Jaan_Tonisson_(Lasteleht), lk 466
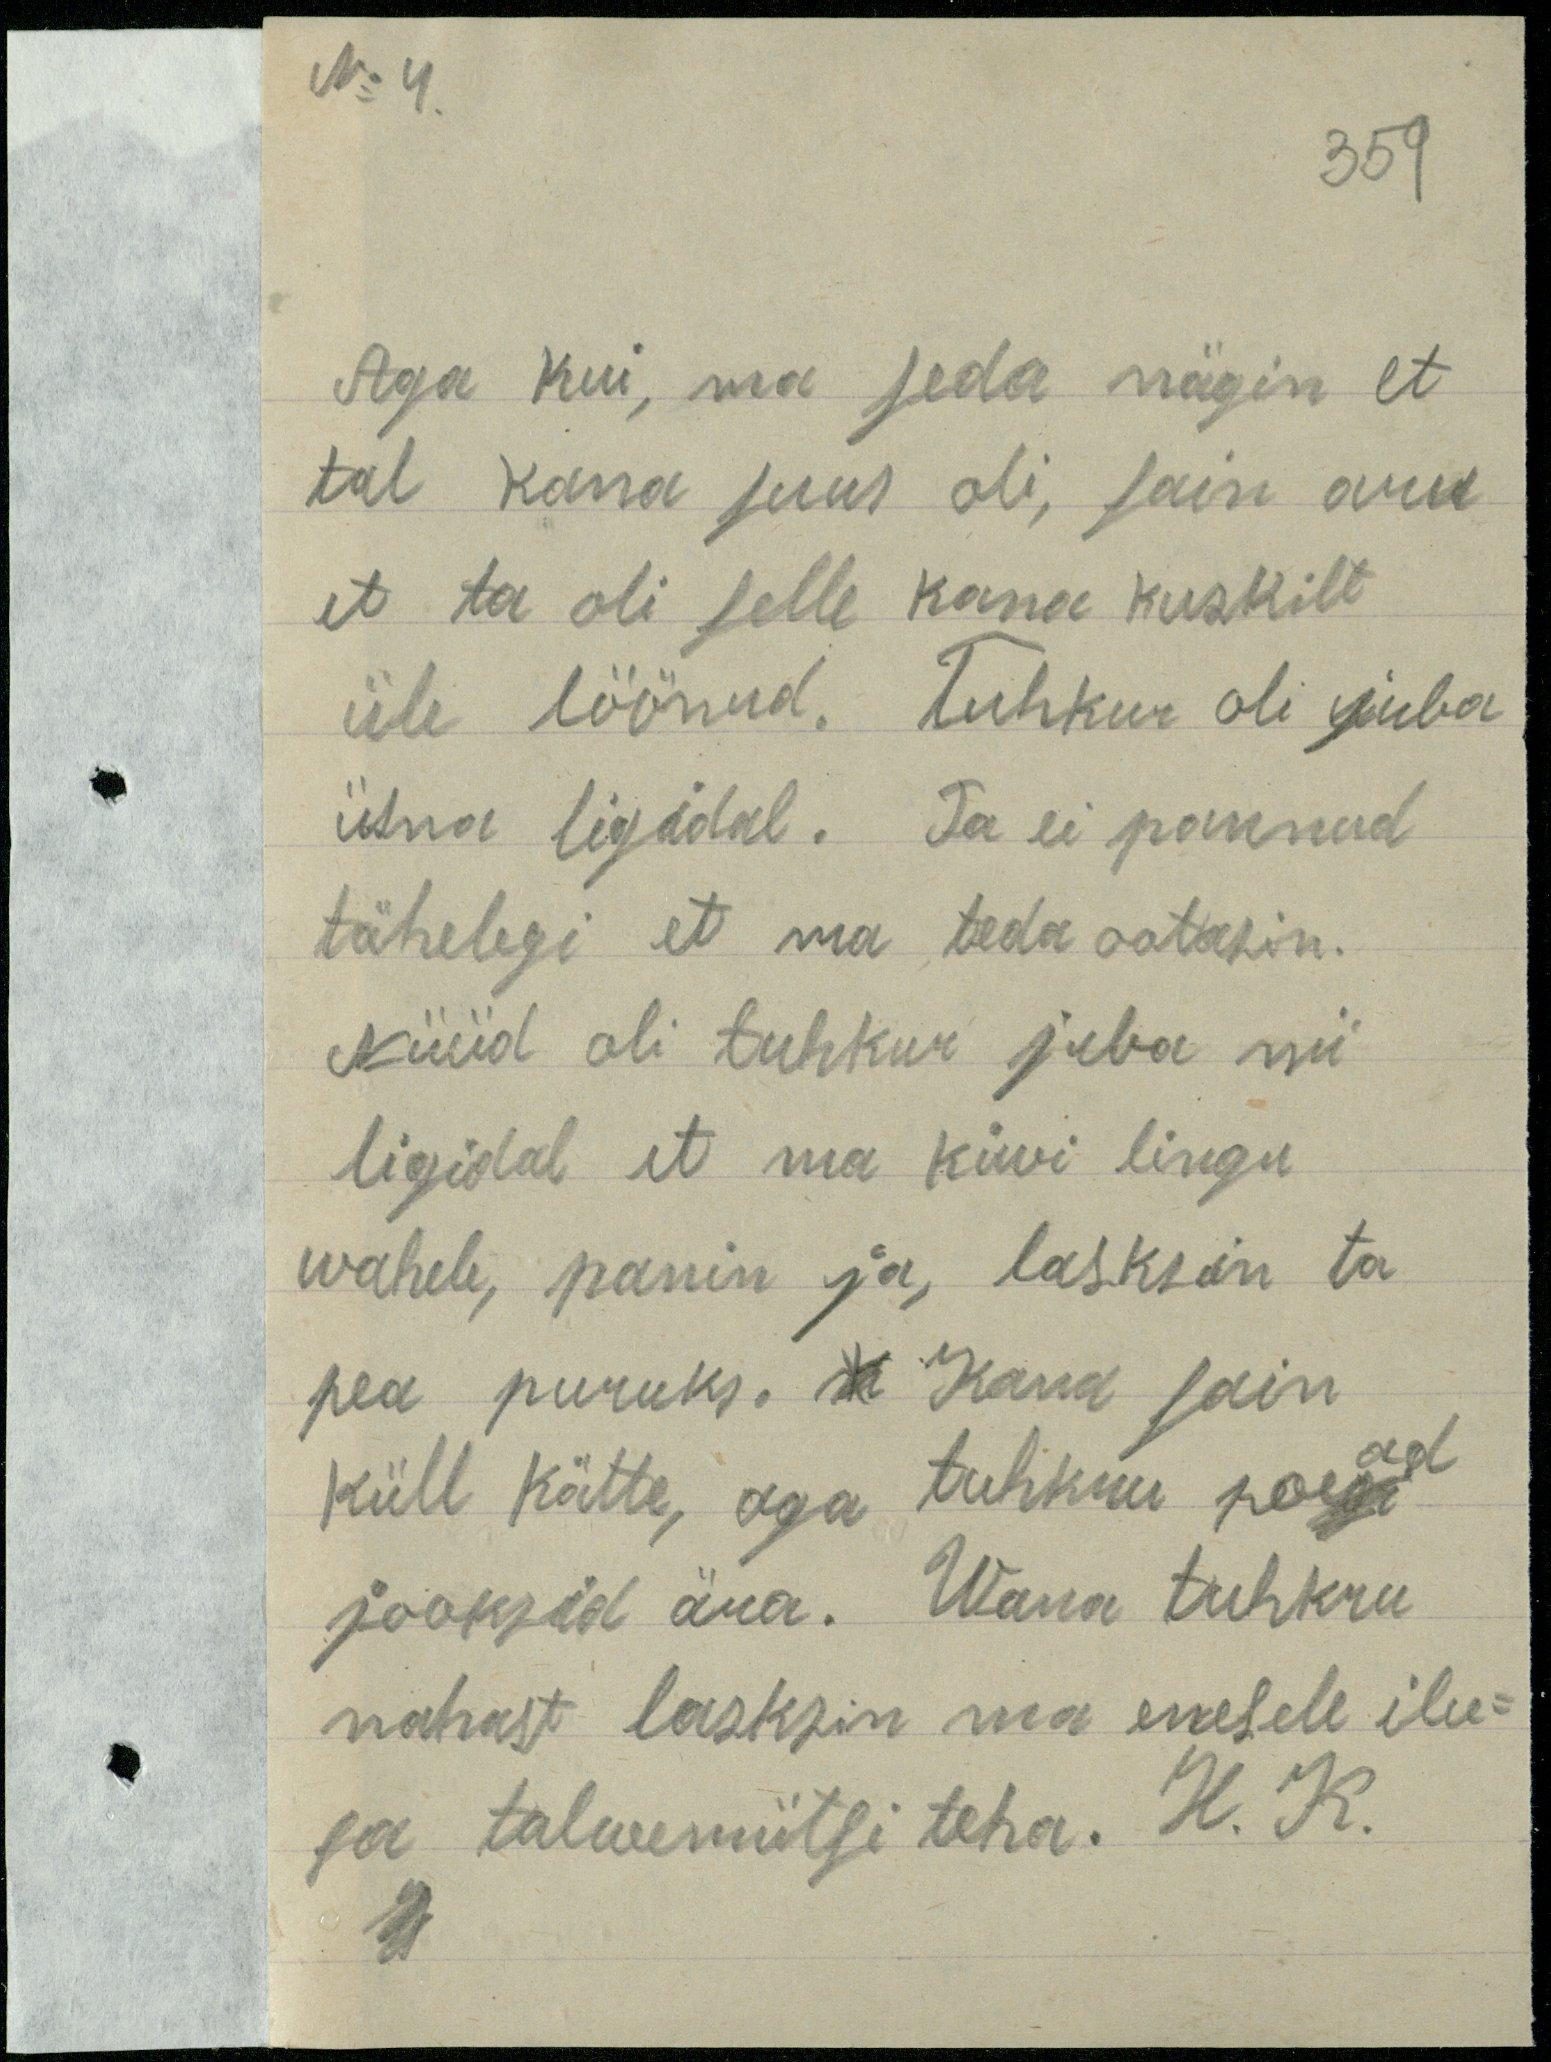
N 4.

359
Aga kui, ma seda nägin et
tal kana suus oli, sain aru
et ta oli selle kana kuskilt
üle löönud. Tuhkur oli juba
üsna ligidal. Ta ei pannud
tähelegi et ma teda ootasin.
Nüüd oli tuhkur juba nii
ligidal, et ma kiwi lingu
wahele, panin ja lasksin ta
pea puruks. Kana sain
küll kätte, aga tuhkru poead
jooksid ära. Wana tuhkru
nahast lasksin ma enesele ilu-
sa talwemütsi teha. H. K.